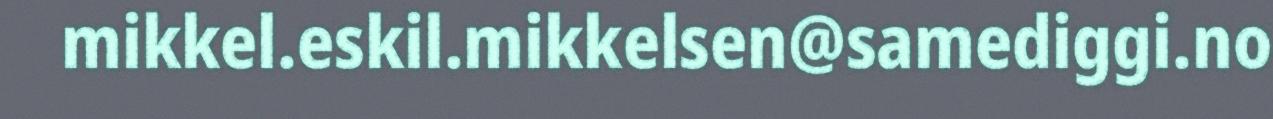
mikkel.eskil.mikkelsen@samediggi.no